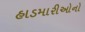
હાડમારીઓનો